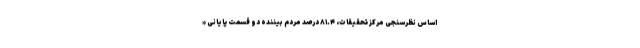
اساس نظرسنجی مرکز تحقیقات، ۸۱.۴ درصد مردم بیننده دو قسمت پایانی «